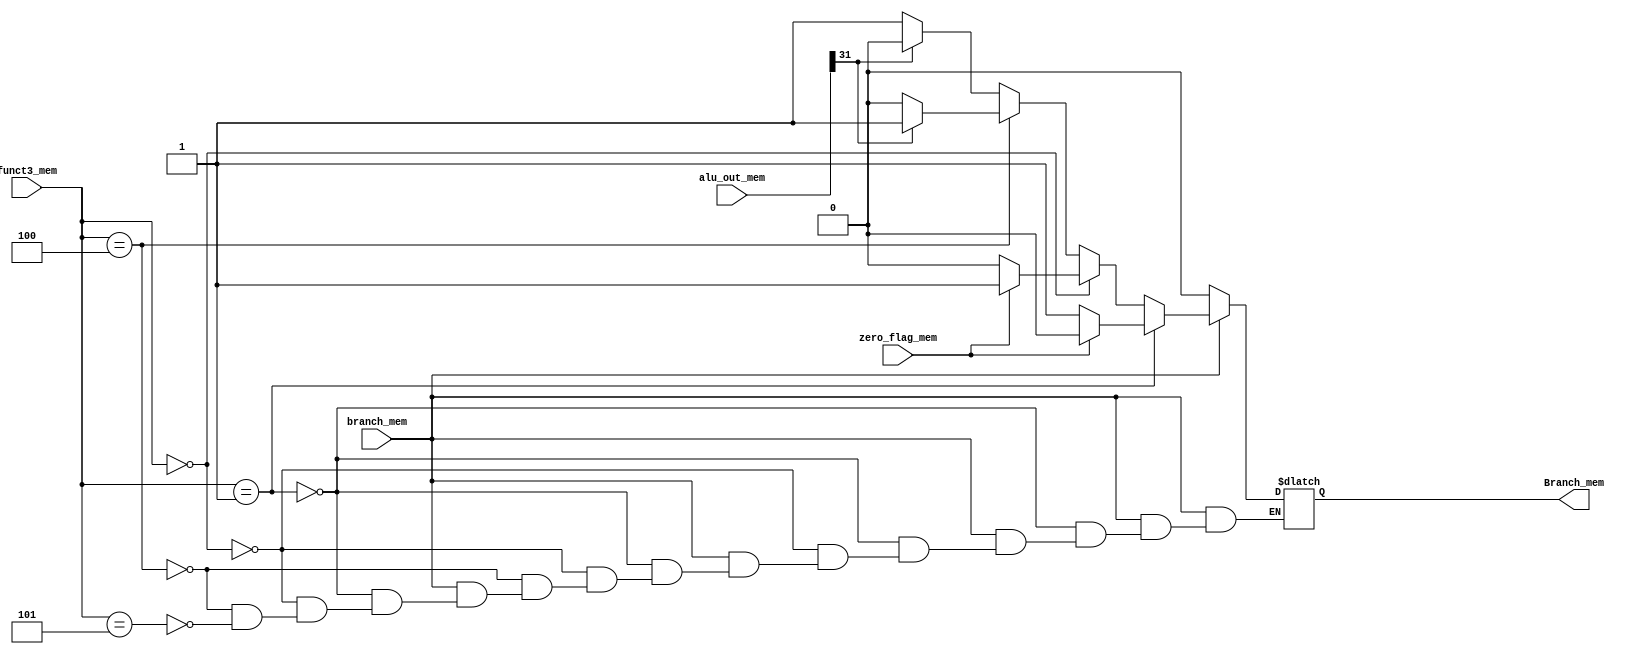
`timescale 1ns / 1ps
//////////////////////////////////////////////////////////////////////////////////
// Company: 
// Engineer: 
// 
// Design Name: 
// Module Name: verify_branch_module
// Project Name: 
// Target Devices: 
// Tool Versions: 
// Description: 
// Dependencies: 
// 
// Revision:
// Revision 0.01 - File Created
// Additional Comments:
// 
//////////////////////////////////////////////////////////////////////////////////


module verify_branch_module(
    input branch_mem,
    input zero_flag_mem,
    input [2:0] funct3_mem,
    input [31:0] alu_out_mem,
    output reg Branch_mem);
    
    
    always @* begin
        // Pentru a verifica ca avem instructiunile bne, beq
        // ne uitam la funct3 si zero_flag
        // bne
        
        if (branch_mem == 1'b1) begin
            if (funct3_mem == 3'b001) begin
                if (zero_flag_mem == 1'b0) begin
                    Branch_mem = 1'b1;
                end
                else begin
                    Branch_mem = 1'b0;
                end
            end
            
            else 
            // beq
            if (funct3_mem == 3'b000) begin
               if (zero_flag_mem == 1'b0) begin
                    Branch_mem = 1'b0;
                end
                else begin
                    Branch_mem = 1'b1;
                end
            end
            else
            // blt
            if (funct3_mem == 3'b100) begin
                if (alu_out_mem[31] == 1'b0) begin
                    Branch_mem = 1'b0;
                end
                else begin
                     Branch_mem = 1'b1;
                end
            end
            else
            //bge
            if (funct3_mem == 3'b101) begin
                if (alu_out_mem[31] == 1'b0) begin
                     Branch_mem = 1'b1;
                end
                else begin
                     Branch_mem = 1'b0;
                end
            end
         end
         else begin 
            Branch_mem = 1'b0;
         end
    end
        
endmodule